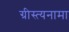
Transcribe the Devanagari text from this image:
ग्रीस्त्यनामा